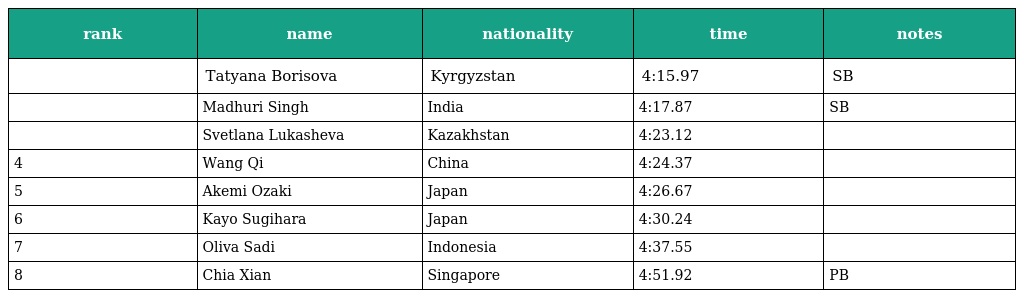
| rank | name | nationality | time | notes |
 | --- | --- | --- | --- | --- |
 |  | Tatyana Borisova | Kyrgyzstan | 4:15.97 | SB |
 |  | Madhuri Singh | India | 4:17.87 | SB |
 |  | Svetlana Lukasheva | Kazakhstan | 4:23.12 |  |
 | 4 | Wang Qi | China | 4:24.37 |  |
 | 5 | Akemi Ozaki | Japan | 4:26.67 |  |
 | 6 | Kayo Sugihara | Japan | 4:30.24 |  |
 | 7 | Oliva Sadi | Indonesia | 4:37.55 |  |
 | 8 | Chia Xian | Singapore | 4:51.92 | PB |